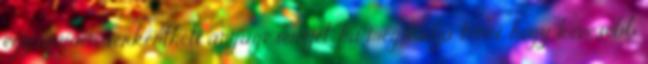
egyszerűen serkentheti anyagcseréjét, ha meg tudja tenni, hogy kevesebb